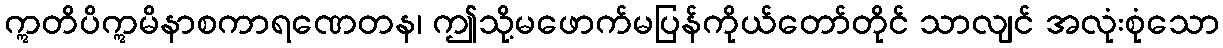
ဣတိပိဣမိနာစကာရဏေတန၊ ဤသို့မဖောက်မပြန်ကိုယ်တော်တိုင် သာလျင် အလုံးစုံသော